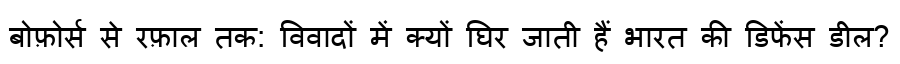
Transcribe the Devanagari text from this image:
बोफ़ोर्स से रफ़ाल तक: विवादों में क्यों घिर जाती हैं भारत की डिफेंस डील?